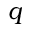
q